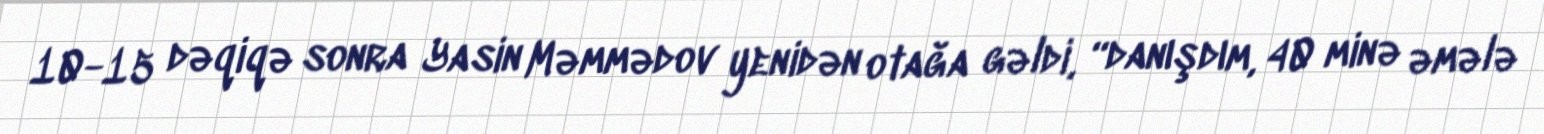
10-15 dəqiqə sonra Yasin Məmmədov yenidən otağa gəldi, “danışdım, 40 minə əmələ